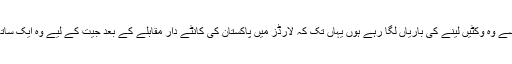
یہ تقریبا ایسا ہی تھا جیسے وہ وکٹیں لینے کی باریاں لگا رہے ہوں یہاں تک کہ لارڈز میں پاکستان کی کانٹے دار مقابلے کے بعد جیت کے لیے وہ ایک ساتھ کریز پر موجود تھے۔